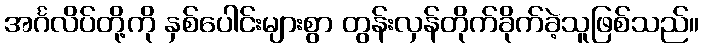
အင်္ဂလိပ်တို့ကို နှစ်ပေါင်းများစွာ တွန်းလှန်တိုက်ခိုက်ခဲ့သူဖြစ်သည်။